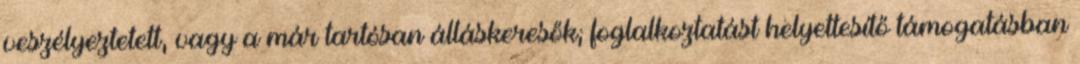
veszélyeztetett, vagy a már tartósan álláskeresők; foglalkoztatást helyettesítő támogatásban